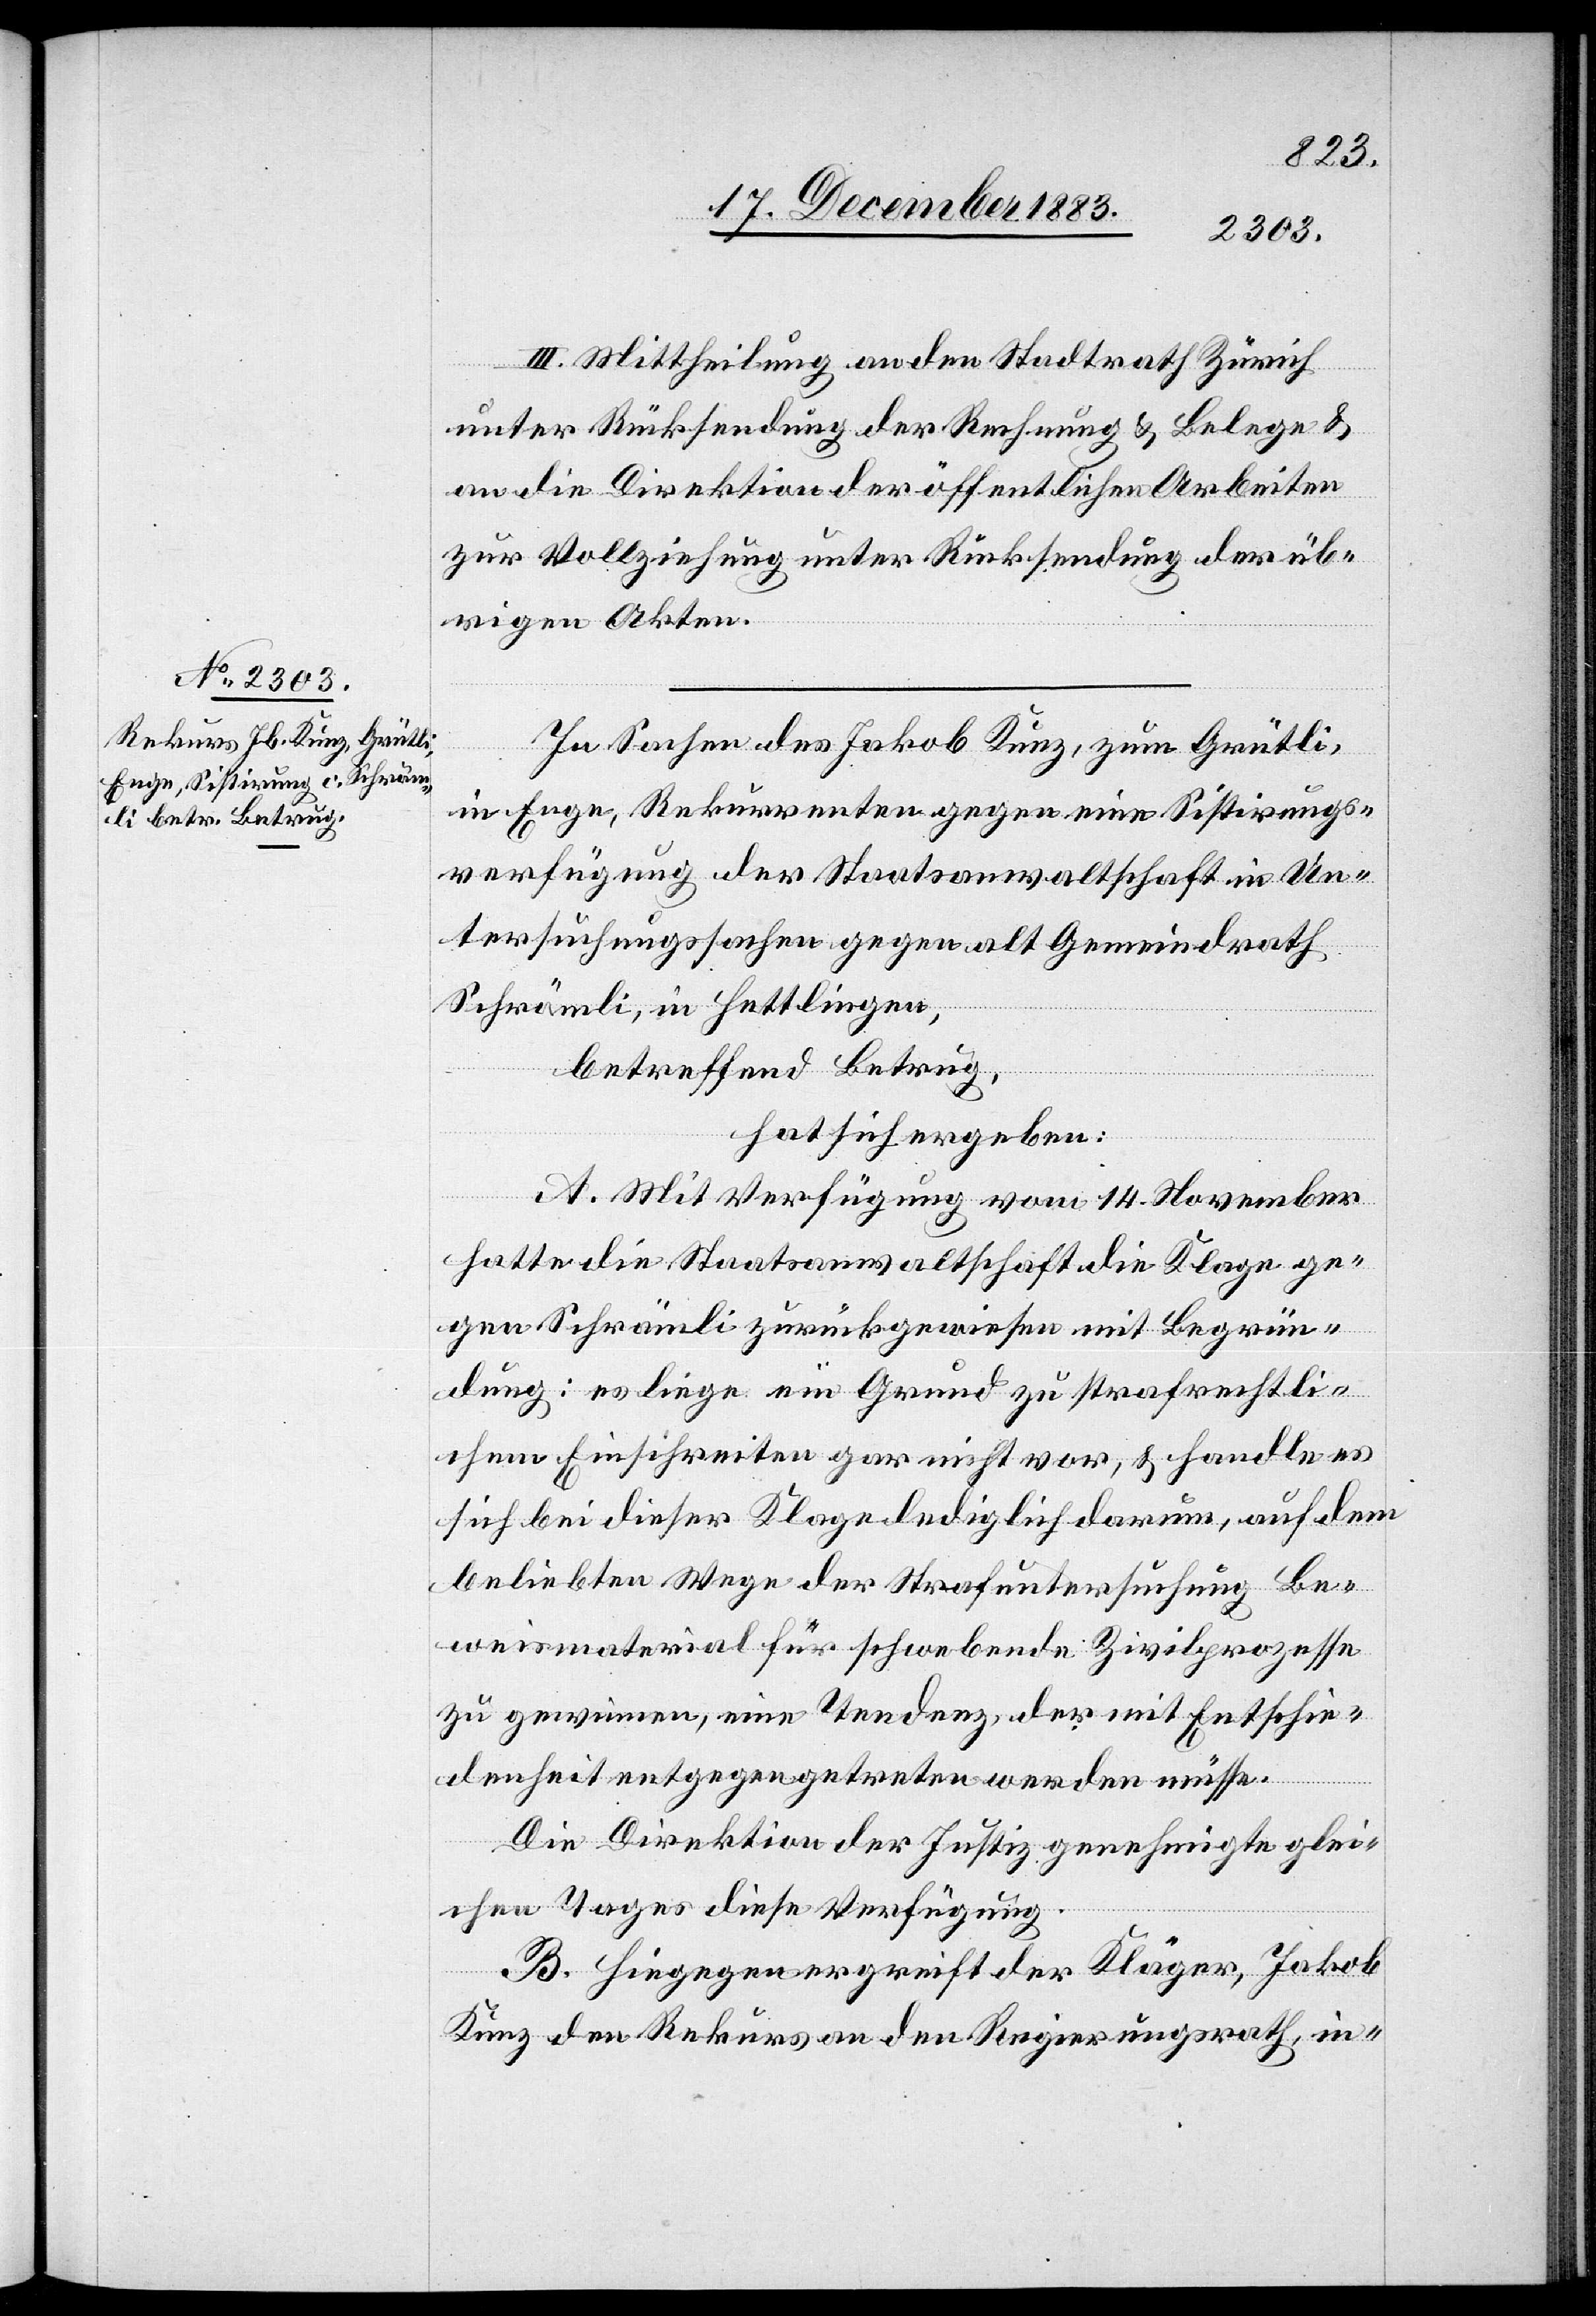
III. Mittheilung an den Stadtrath Zürich
unter Rücksendung der Rechnung & Belege &
an die Direktion der öffentlichen Arbeiten
zur Vollziehung unter Rücksendung der übr¬
igen Akten.
In Sachen des Jakob Kunz, zum Grütli,
in Enge, Rekurrenten gegen eine Sistirungs¬
verfügung der Staatsanwaltschaft in Un¬
tersuchungssachen gegen als Gemeindrath
Schrämli, in Hettlingen,
betreffend Betrug,
hat sich ergeben:
A. Mit Verfügung vom 14. November
hatte die Staatsanwaltschaft die Klage ge¬
gen Schrämli zurückgewiesen mit Begrün¬
dung: es liege ein Grund zu strafrechtli¬
chem Einschreiten gar nicht vor, & handle es
sich bei dieser Klage lediglich darum, auf dem
beliebten Wege der Strafuntersuchung Be¬
weismaterial für schwebende Zivilprozesse
zu gewinnen, eine Tendenz der mit Entschie¬
denheit entgegengetreten werden müsse.
Die Direktion der Justiz genehmigte glei¬
chen Tages diese Verfügung.
B. Hiegegen ergreift der Kläger, Jakob
Kunz den Rekurs an den Regierungsrath, in-